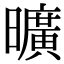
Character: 曠